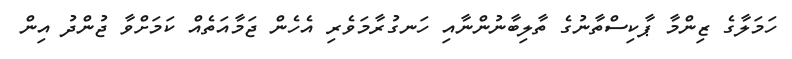
ހަމަލާގެ ޒިންމާ ޕާކިސްތާނުގެ ތާލިބާނުންނާއި ހަނގުރާމަވެރި އެހެން ޖަމާއަތެއް ކަމަށްވާ ޖުންދު އިން